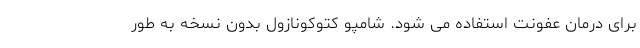
برای درمان عفونت استفاده می شود. شامپو کتوکونازول بدون نسخه به طور